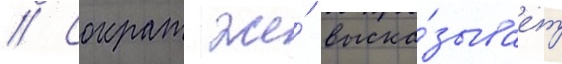
// Сократ же́ выска́зывает